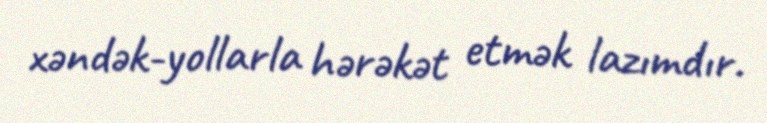
xəndək-yollarla hərəkət etmək lazımdır.